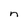
Character: n